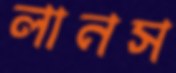
লানস